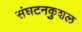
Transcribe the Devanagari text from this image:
संघटनकुशल